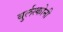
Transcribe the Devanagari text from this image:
बुर्लस्कोनी